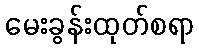
မေးခွန်းထုတ်စရာ